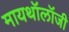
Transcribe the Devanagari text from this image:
मायथॉलॉजी